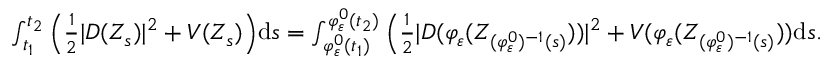
\begin{array} { r } { \int _ { t _ { 1 } } ^ { t _ { 2 } } \Big ( \frac { 1 } { 2 } | D ( Z _ { s } ) | ^ { 2 } + V ( Z _ { s } ) \Big ) \mathrm { d } s = \int _ { \varphi _ { \varepsilon } ^ { 0 } ( t _ { 1 } ) } ^ { \varphi _ { \varepsilon } ^ { 0 } ( t _ { 2 } ) } \Big ( \frac { 1 } { 2 } | D ( \varphi _ { \varepsilon } ( Z _ { ( \varphi _ { \varepsilon } ^ { 0 } ) ^ { - 1 } ( s ) } ) ) | ^ { 2 } + V ( \varphi _ { \varepsilon } ( Z _ { ( \varphi _ { \varepsilon } ^ { 0 } ) ^ { - 1 } ( s ) } ) ) \mathrm { d } s . } \end{array}